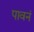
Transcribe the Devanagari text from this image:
पावनं